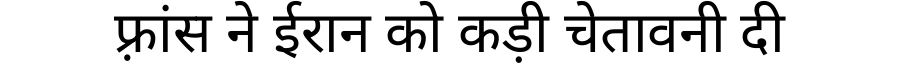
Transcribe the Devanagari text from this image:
फ़्रांस ने ईरान को कड़ी चेतावनी दी